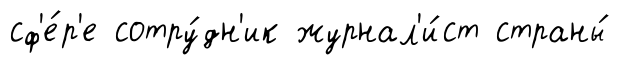
сф'е́р'е сотру́дн'ик журнал'и́ст страны́